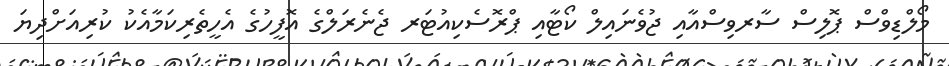
މޯލްޑިވްސް ޕޮލިސް ސާރވިސްއާއި ޖުވެނައިލް ކޯޓާއި ޕްރޮސެކިއުޓަރ ޖެނެރަލްގެ އޮފީހުގެ އެހީތެރިކަމާއެކު ކުރިއަށްދިޔަ